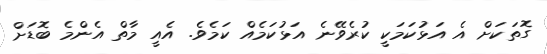
ގޮތަކަށް އެ އަޅުކަމަކީ ކުރެވޭނެ އަޅުކަމެއް ކަމެވެ. އެއީ މާތް އެންމެ ބޮޑަށް